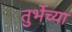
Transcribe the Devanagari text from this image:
तुर्भेच्या